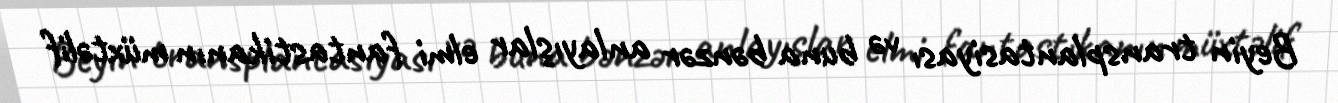
Beyin transplantasiyası və buna bənzər anlayışlar elmi fantastikanın müxtəlif